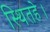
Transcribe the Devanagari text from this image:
स्थितहे।